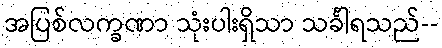
အပြစ်လက္ခဏာ သုံးပါးရှိသာ သင်္ခါရသည်--